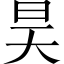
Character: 昊